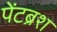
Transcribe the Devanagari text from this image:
पेंटब्रश